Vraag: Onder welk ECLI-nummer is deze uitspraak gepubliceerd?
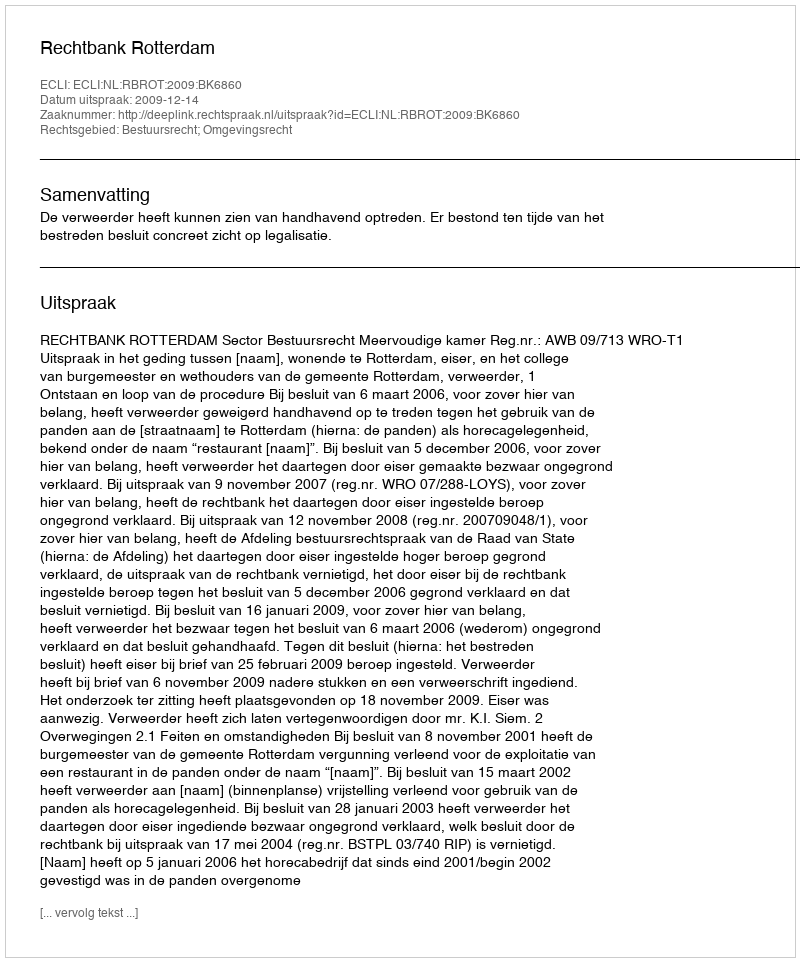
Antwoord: ECLI:NL:RBROT:2009:BK6860